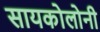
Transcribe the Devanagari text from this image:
सायकोलोनी